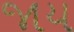
જાય